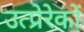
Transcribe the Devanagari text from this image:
उत्प्रेरेकों